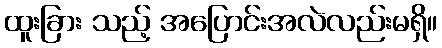
ထူးခြား သည့် အပြောင်းအလဲလည်းမရှိ။